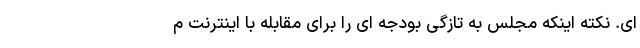
ای. نکته اینکه مجلس به تازگی بودجه ای را برای مقابله با اینترنت م